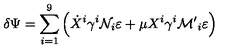
\delta \Psi = \sum _ { i = 1 } ^ { 9 } \left( \dot { X } ^ { i } \gamma ^ { i } { \cal { N } } _ { i } \varepsilon + \mu X ^ { i } \gamma ^ { i } { \cal { M ^ { \prime } } } _ { i } \varepsilon \right)